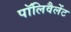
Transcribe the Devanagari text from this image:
पॉलिवैलेंट